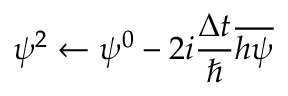
\psi ^ { 2 } \leftarrow \psi ^ { 0 } - 2 i \frac { \Delta t } { \hbar } \overline { { h \psi } }